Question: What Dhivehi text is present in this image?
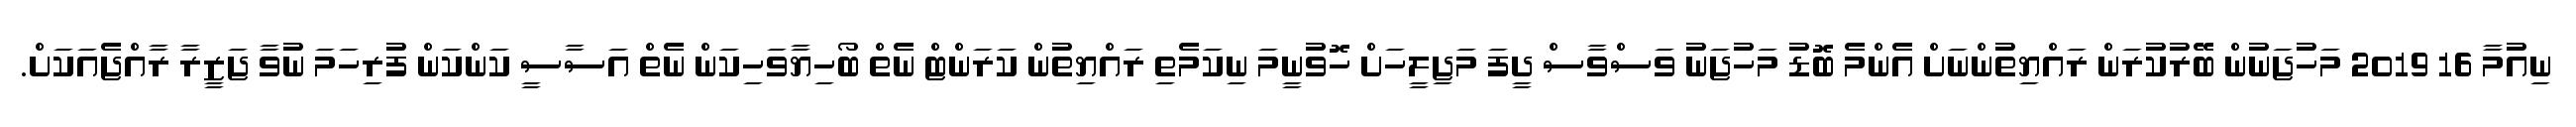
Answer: ނިއުމާާ 16 2019 މަހުޖަނުން ބޭރުކުރަން ރައްޔިތުންނަށް އެންމެ ބޮޑު މަހުޖަނު ވަސްވާސް ދީފަ މަޖިލީހަށް ހޮވުނީމަ ނިކަމެތި ރައްޔިތުން ކަރަންޓް ނެތް ބޯހިޔާވަހިކަން ނެތް އަސާސީ ކަންކަން ފުރިހަމަ ނުވާ ޖަޒީރާ ރާއްޖެއަކަށް.